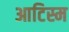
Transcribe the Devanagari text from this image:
आटिस्म